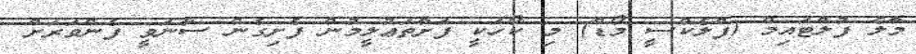
މާލެ ފުލްޓައިމް (ފްލެކްސީ މޯޑް) މި ކޯހަކީ ފަށާތަޢުލީމުން ފެށިގެން ސާނަވީ ފެންވަރަށް